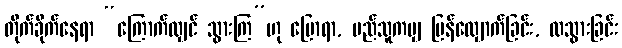
တိုက်ခိုက်နေရာ “ကြောက်လျှင် သွားကြ”ဟု ပြောရာ, မည်သူကမျှ ပြန်လျှောက်ခြင်း, ထသွားခြင်း